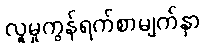
လူမှုကွန်ရက်စာမျက်နှာ